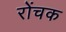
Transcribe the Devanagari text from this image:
रोंचक